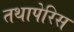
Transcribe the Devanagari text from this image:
तथापेरिस